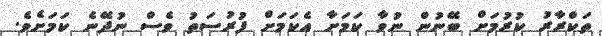
ތަކްރާރު ކުރުމަށް ބޭނުން ނުވާ ކަމަށާ އެކަމަށް ފުރުސަތު ވެސް ނުދޭނެ ކަމަށެވެ.